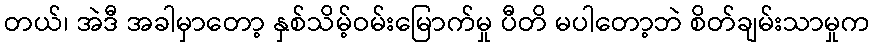
တယ်၊ အဲဒီ အခါမှာတော့ နှစ်သိမ့်ဝမ်းမြောက်မှု ပီတိ မပါတော့ဘဲ စိတ်ချမ်းသာမှုက